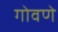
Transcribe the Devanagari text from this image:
गोवणे